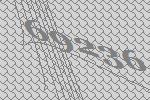
69236